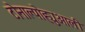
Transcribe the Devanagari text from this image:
टोनाल्पोह्युआली